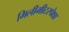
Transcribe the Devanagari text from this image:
मिलीमीटरपेक्षा